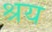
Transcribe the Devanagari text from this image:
श्रय